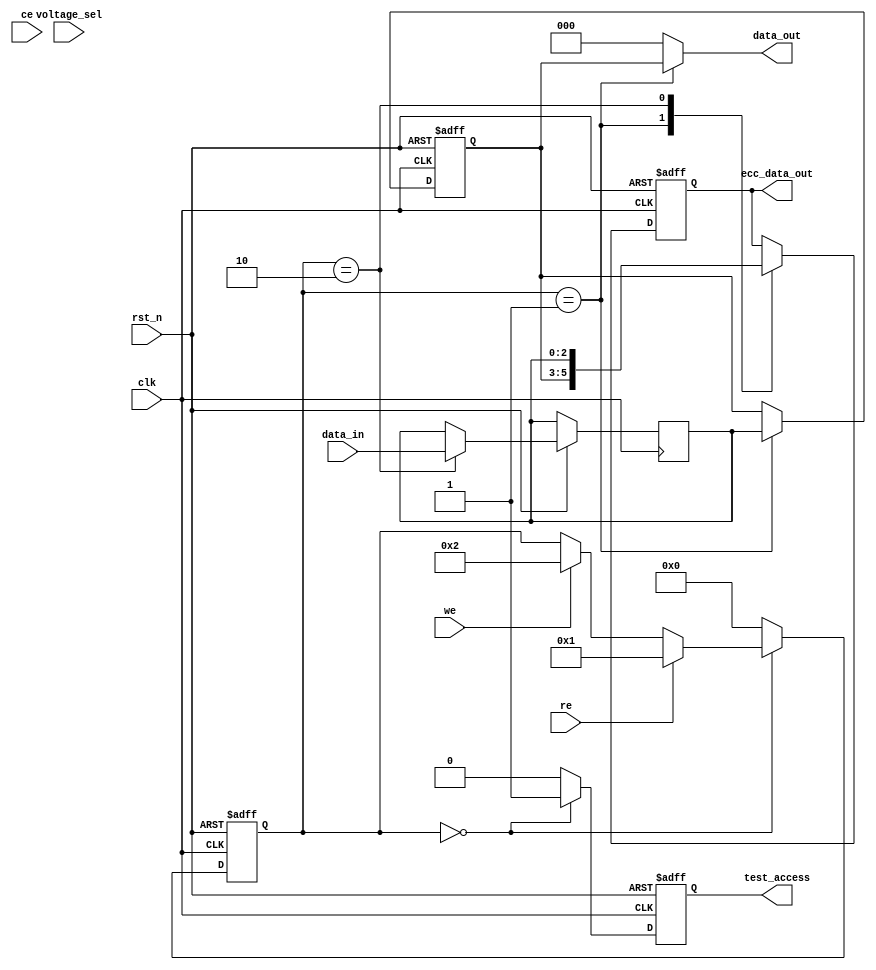
module io_block (
    input wire clk,               // Clock signal
    input wire rst_n,             // Active low reset signal
    input wire [2:0] data_in,     // 3-bit data input
    output wire [2:0] data_out,    // 3-bit data output
    input wire ce,                 // Chip Enable
    input wire we,                 // Write Enable
    input wire re,                 // Read Enable
    input wire [1:0] voltage_sel,  // Voltage level selection
    output reg [2:0] ecc_data_out, // ECC data output
    output reg test_access          // Test Access Mechanism
);

    // Internal Signals
    reg [2:0] data_buffer;          // Data buffer for input/output
    reg [2:0] data_latch;           // Data latch to hold data
    reg [3:0] state;                // FSM state register

    // Parameters for FSM States
    localparam IDLE      = 4'b0000;
    localparam READ      = 4'b0001;
    localparam WRITE     = 4'b0010;
    localparam ERROR_CORR= 4'b0011;

    // Control Logic: FSM to handle read/write operations
    always @(posedge clk or negedge rst_n) begin
        if (!rst_n) begin
            state <= IDLE;
            data_latch <= 3'b000;
            ecc_data_out <= 3'b000;
        end else begin
            case (state)
                IDLE: begin
                    if (re) begin
                        state <= READ;
                    end else if (we) begin
                        state <= WRITE;
                    end
                end
                READ: begin
                    data_latch <= data_buffer; // Latch the data
                    ecc_data_out <= data_latch; // For ECC processing
                    state <= IDLE; // Go back to idle after reading
                end
                WRITE: begin
                    data_buffer <= data_in; // Store incoming data
                    ecc_data_out <= data_buffer; // For ECC processing
                    state <= IDLE; // Go back to idle after writing
                end
                default: state <= IDLE; // Default to idle
            endcase
        end
    end

    // Data Output Buffer
    assign data_out = (state == READ) ? data_latch : 3'b000;

    // Voltage Level Shifter (simplified)
    always @(*) begin
        case (voltage_sel)
            2'b00: /* Handle 1.8V signals */;
            2'b01: /* Handle 3.3V signals */;
            // Additional logic could be added here for more cases
        endcase
    end

    // Power Management Logic
    always @(posedge clk or negedge rst_n) begin
        if (!rst_n) begin
            test_access <= 1'b0; // Initialize test access
        end else if (state == IDLE) begin
            // Enter low power mode
            test_access <= 1'b1;
        end else begin
            test_access <= 1'b0;
        end
    end

endmodule